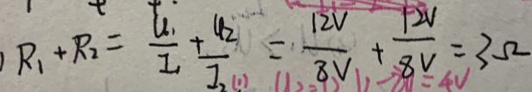
R _ { 1 } + R _ { 2 } = \frac { u _ { 1 } } { I _ { 1 } } + \frac { u _ { 2 } } { I _ { 2 } } = \frac { 1 2 V } { 8 V } + \frac { 1 2 V } { 8 V } = 3 \Omega